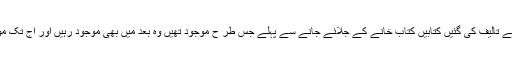
(۲۵) ان اصول سے تالیف کی گئیں کتابیں کتاب خانے کے جلائے جانے سے پہلے جس طر ح موجود تھیں وہ بعد میں بھی موجود رہیں اور آج تک موجود ہیں جیسے ۔